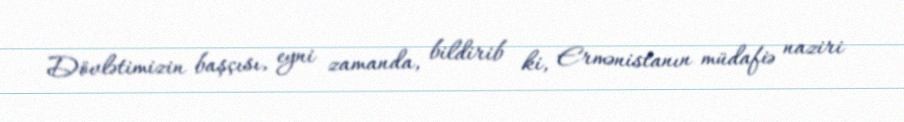
Dövlətimizin başçısı, eyni zamanda, bildirib ki, Ermənistanın müdafiə naziri